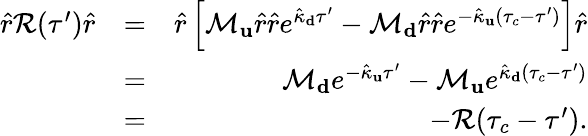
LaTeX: \begin{array}{rlr}{\hat{r}\mathcal{R}(\tau^{\prime})\hat{r}}&{=}&{\hat{r}\left[\mathcal{M}_{\mathbf u}\hat{r}\hat{r}e^{\hat{\kappa}_{\mathbf d}\tau^{\prime}}-\mathcal{M}_{\mathbf d}\hat{r}\hat{r}e^{-\hat{\kappa}_{\mathbf u}(\tau_{c}-\tau^{\prime})}\right]\hat{r}}\\ &{=}&{\mathcal{M}_{\mathbf d}e^{-\hat{\kappa}_{\mathbf u}\tau^{\prime}}-\mathcal{M}_{\mathbf u}e^{\hat{\kappa}_{\mathbf d}(\tau_{c}-\tau^{\prime})}}\\ &{=}&{-\mathcal{R}(\tau_{c}-\tau^{\prime}).}\end{array}